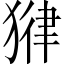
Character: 𪻃